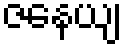
ဇနေယျ